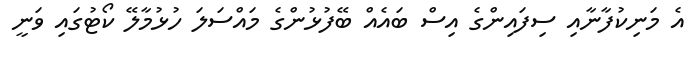
އެ މަނިކުފާނާއި ސިފައިންގެ އިސް ބައެއް ބޭފުޅުންގެ މައްސަލަ ހުޅުމާލޭ ކޯޓުގައި ވަނީ